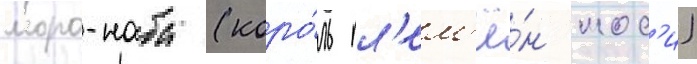
моро-наба (коро́ль пл'ем'ё́н мос'и)